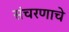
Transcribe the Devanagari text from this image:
संचरणाचे